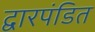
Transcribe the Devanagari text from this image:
द्वारपंडित